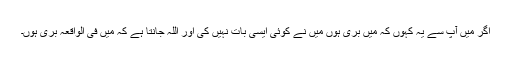
اگر مَیں آپؐ سے یہ کہوں کہ مَیں بَری ہوں مَیں نے کوئی ایسی بات نہیں کی اور اللہ جانتا ہے کہ مَیں فی الواقعہ بَری ہوں۔